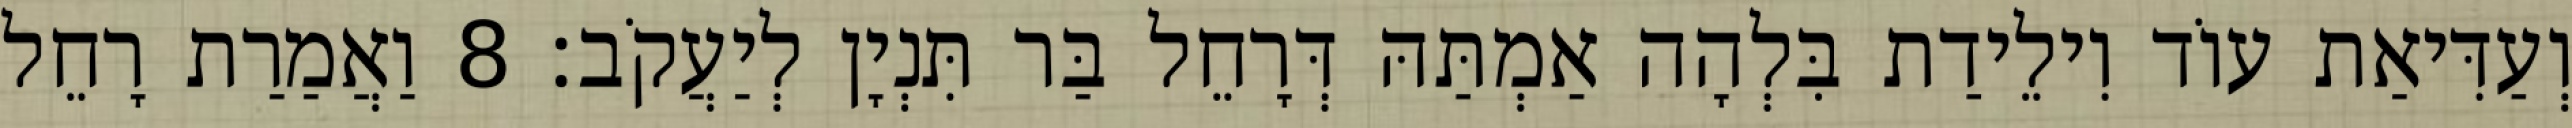
וְעַדִּיאַת עוֹד וִילֵידַת בִּלְהָה אַמְתַּהּ דְּרָחֵל בַּר תִּנְיָן לְיַעֲקֹב׃ 8 וַאֲמַרַת רָחֵל